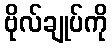
ဗိုလ်ချုပ်ကို